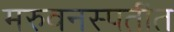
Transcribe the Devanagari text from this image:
मरुवनस्पतींत